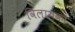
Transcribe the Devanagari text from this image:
विलायकां